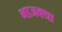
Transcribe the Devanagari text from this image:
भाजक्या